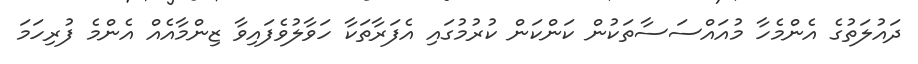
ދައުލަތުގެ އެންމެހާ މުއައްސަސާތަކުން ކަންކަން ކުރުމުގައި އެފަރާތަކާ ހަވާލުވެފައިވާ ޒިންމާއެއް އެންމެ ފުރިހަމަ